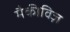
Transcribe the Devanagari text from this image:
मैकीविज़